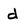
Character: d